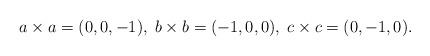
LaTeX: \begin{align*}a\times a & = (0,0,-1), \;b\times b = (-1,0,0), \;c\times c = (0,-1,0).\end{align*}